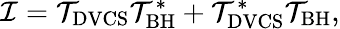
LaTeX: {\cal I}={\cal T}_{\mathrm{DVCS}}{\cal T}_{\mathrm{BH}}^{\ast}+{\cal T}_{\mathrm{DVCS}}^{\ast}{\cal T}_{\mathrm{BH}},